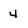
Character: 4